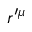
r ^ { \prime \mu }